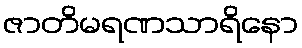
ဇာတိမရဏသာရိနော